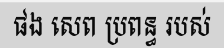
ផង សេព ប្រពន្ធ របស់